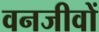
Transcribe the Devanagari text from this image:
वनजीवों